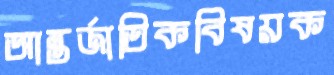
আন্তর্জাতিকবিষয়ক